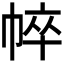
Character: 𢃒